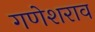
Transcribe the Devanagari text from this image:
गणेशराव